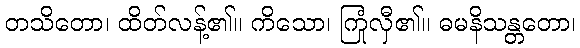
တသိတော၊ ထိတ်လန့်၏။ ကိသော၊ ကြုံလှီ၏။ ဓမနိသန္တတော၊